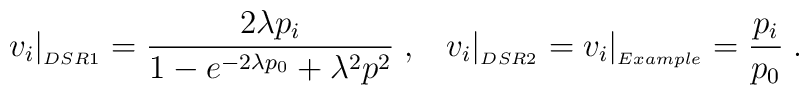
v_i \vert_{_{DSR1}} = \frac{2 \lambda p_i}{1 - e^{- 2 \lambda p_0} + \lambda^2 p^2} \; , \; \; \;  v_i \vert_{_{DSR2}} = v_i \vert_{_{Example}} = \frac{p_i}{p_0} \; .